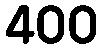
400